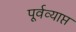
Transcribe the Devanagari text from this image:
पूर्वव्याप्त